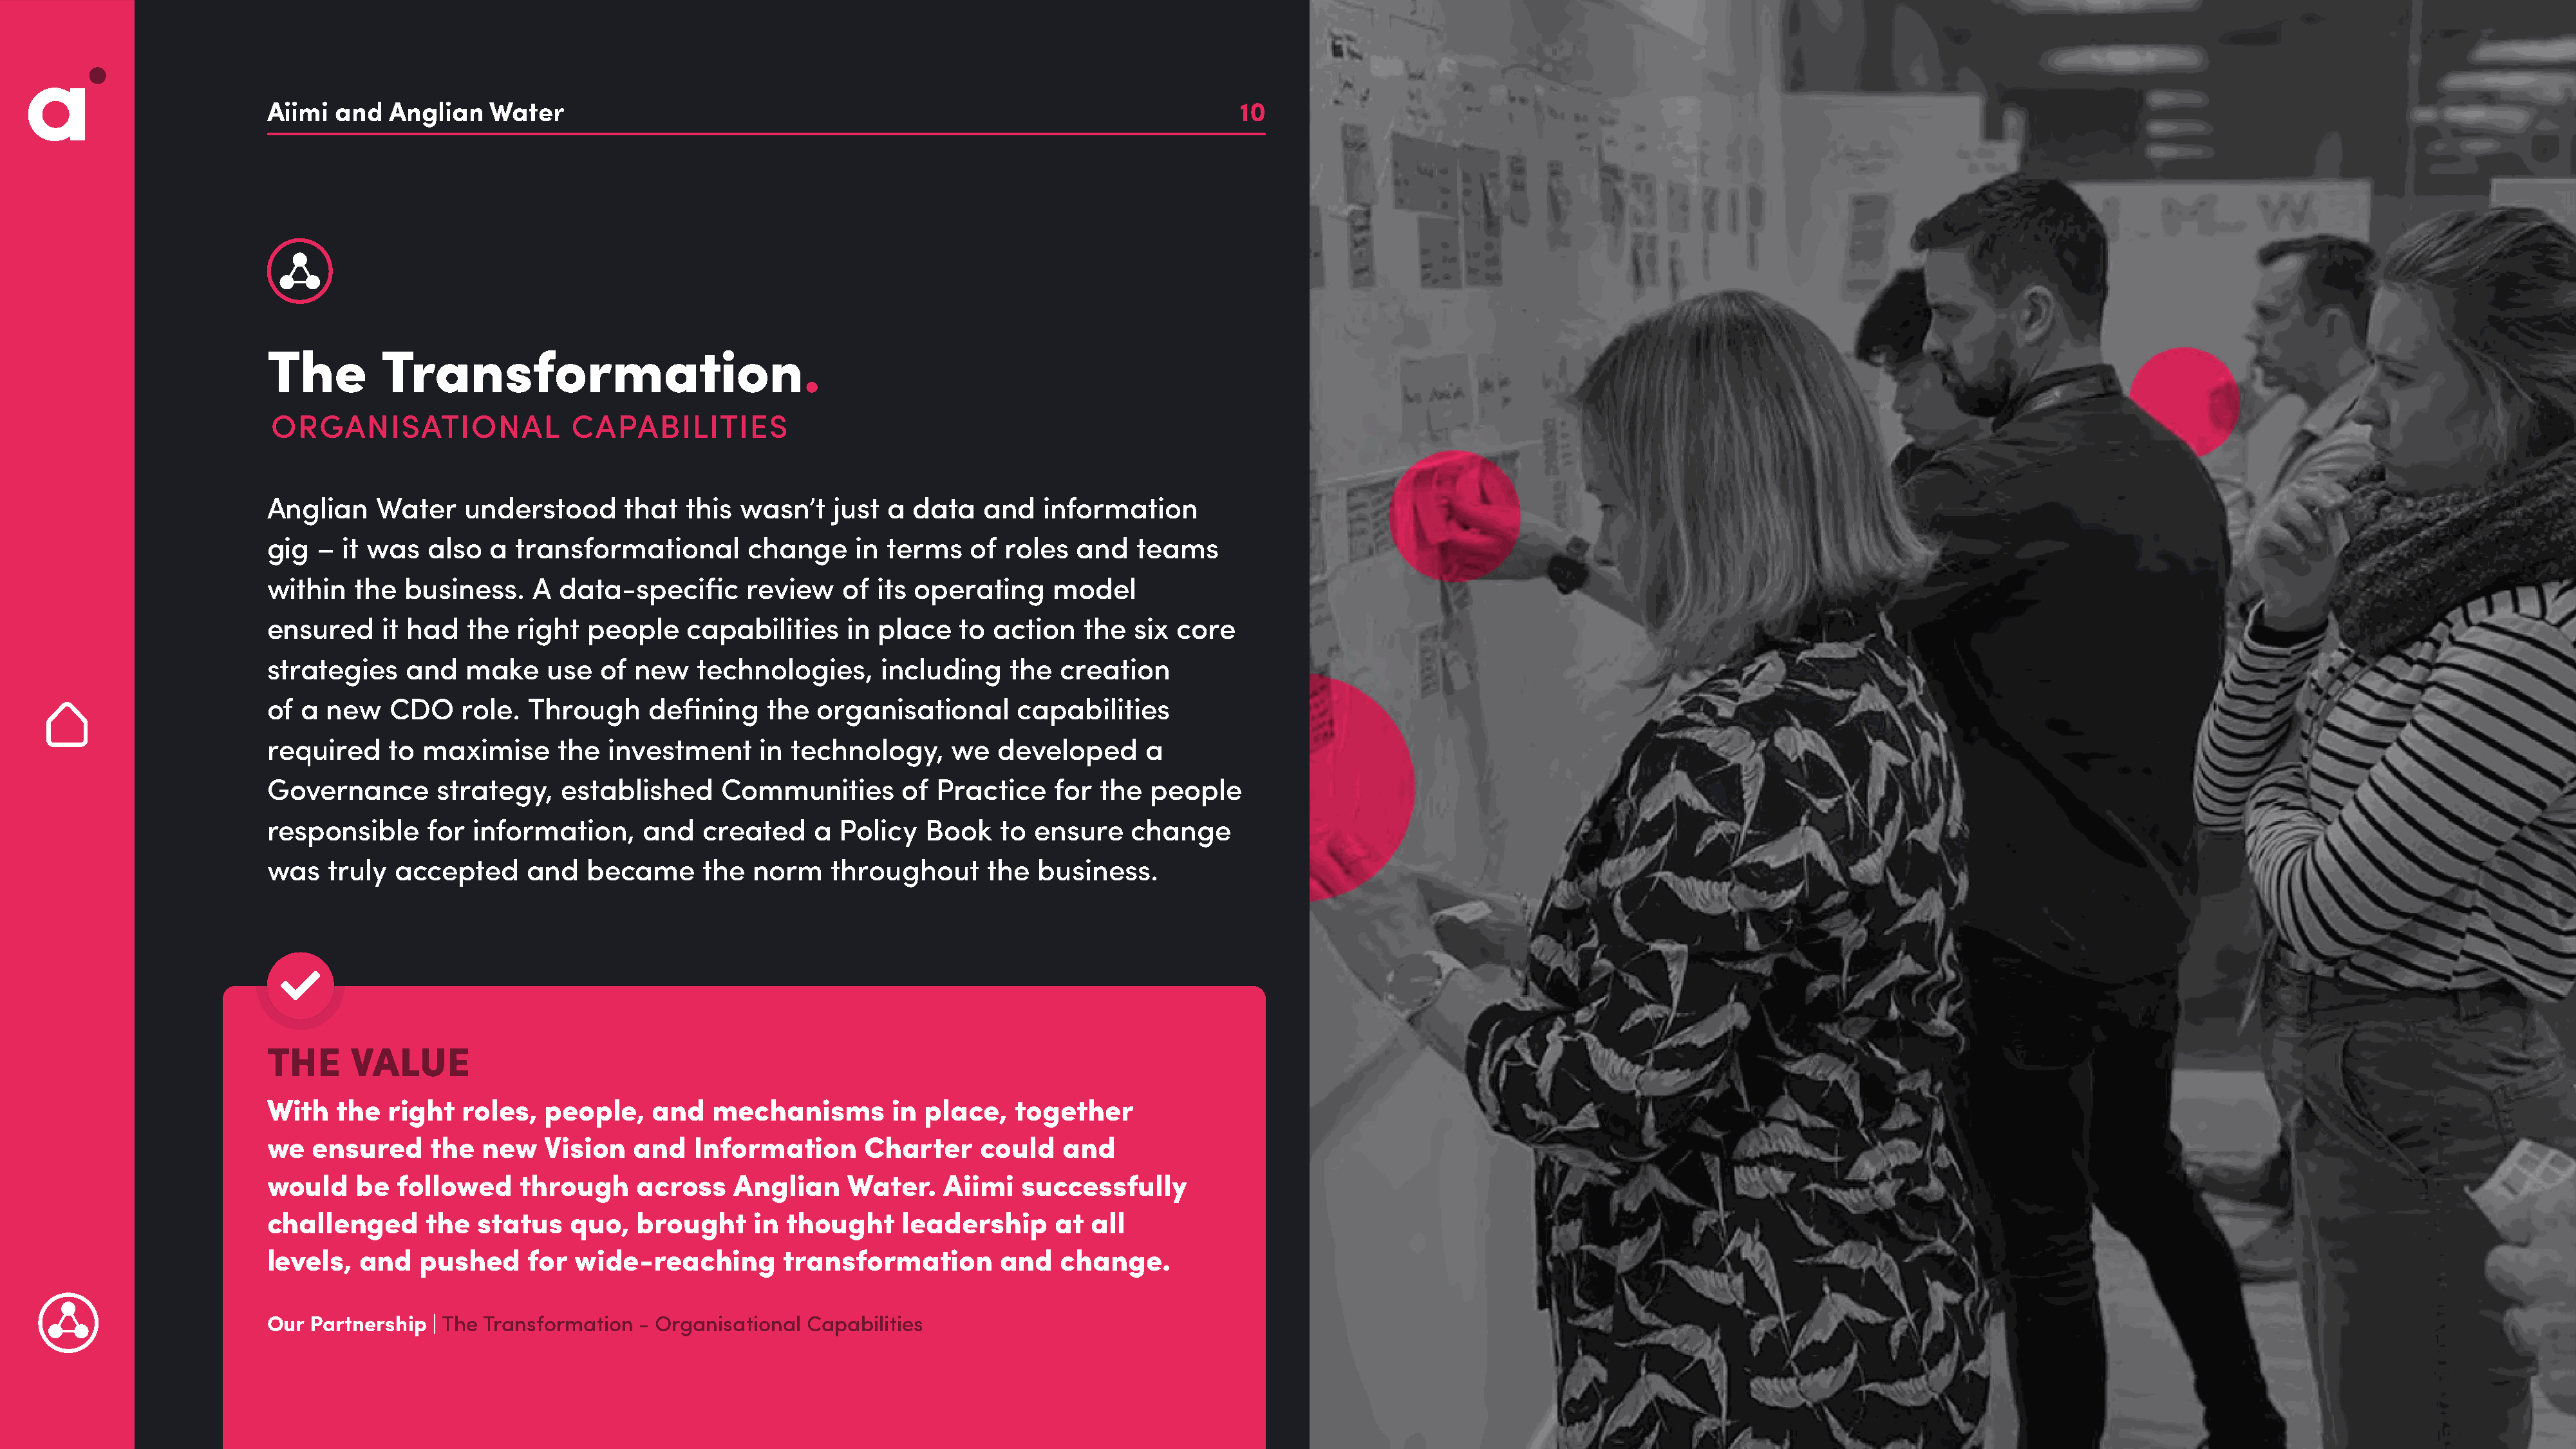
Aiimi  and   Anglian   Water                                                                        10
 The         Transformation.
 ORGANISATIONAL                 CAPABILITIES
 Anglian     Water    understood      that   this wasn’t    just a  data   and   information
 gig   – it was   also  a  transformational        change     in terms    of roles   and   teams
 within   the   business.    A  data-specific      review    of its operating     model
 ensured     it had   the  right  people     capabilities    in place    to action   the   six core
 strategies     and   make    use   of new    technologies,      including    the  creation
 of  a  new   CDO    role.  Through      defining    the  organisational       capabilities
 required     to maximise      the   investment     in technology,      we   developed      a
 Governance        strategy,    established     Communities        of Practice    for  the  people
 responsible      for  information,     and   created     a Policy   Book    to ensure    change
 was    truly  accepted     and   became      the  norm    throughout       the  business.
 THE      VALUE
 With    the  right   roles,  people,    and   mechanisms         in place,   together
 we   ensured     the   new   Vision   and   Information       Charter     could   and
 would     be  followed    through     across    Anglian     Water.    Aiimi   successfully
 challenged       the  status    quo,  brought      in thought     leadership     at  all
 levels,   and   pushed     for  wide-reaching         transformation        and   change.
 Our  Partnership | The Transformation  - Organisational Capabilities